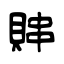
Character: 賗